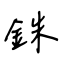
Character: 銖